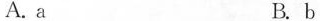
A. a B. b